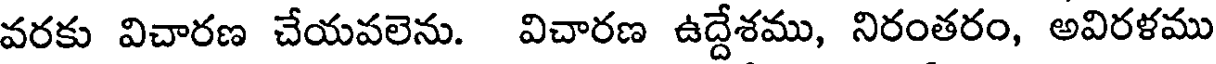
వరకు విచారణ చేయవలెను. విచారణ ఉద్దేశము, నిరంతరం, అవిరళము